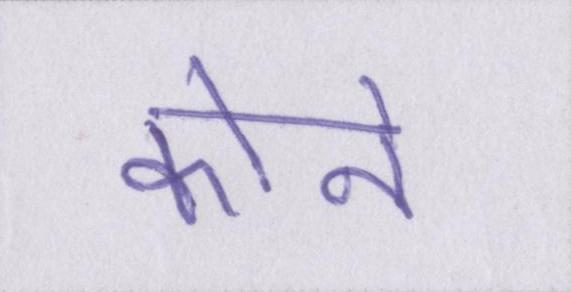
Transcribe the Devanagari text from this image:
कोने